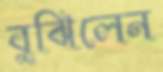
বুঝিলেন